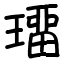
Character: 璢